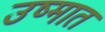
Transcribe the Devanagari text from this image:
उष्मात